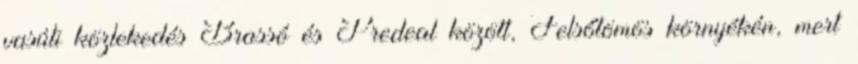
vasúti közlekedés Brassó és Predeal között, Felsőtömös környékén, mert